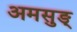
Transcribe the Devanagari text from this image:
अमसुङ्